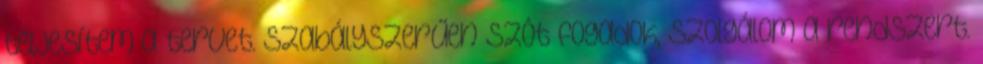
teljesítem a tervet. Szabályszerűen szót fogadok, szolgálom a rendszert.